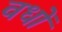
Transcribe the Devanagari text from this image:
वधों